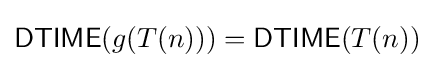
{\mathsf {DTIME}}(g(T(n)))={\mathsf {DTIME}}(T(n))